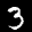
Label: 3